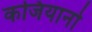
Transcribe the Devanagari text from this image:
कजियानो